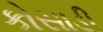
કોસાડી